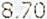
8.70